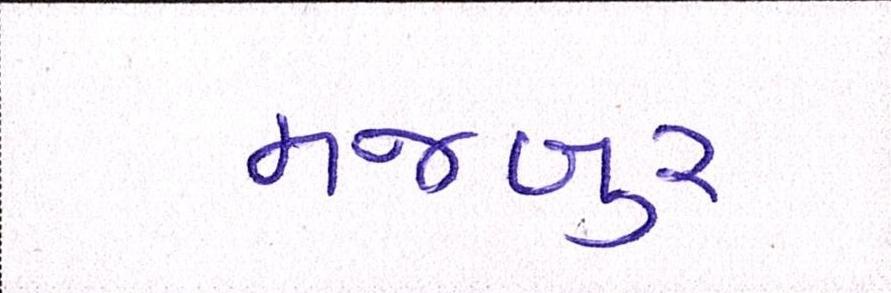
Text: મજબુર